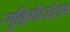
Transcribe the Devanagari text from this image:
न्युक्लियोटाईड्स